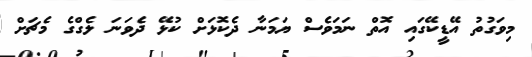
މިވަގުތު އޭޑީކޭގައި އޮތް ނަމަވެސް ޔަމަނާ ދެކޮޅަށް ކުޅޭ ދެވަނަ ލެގްގެ މެޗަށް